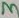
Text: 3